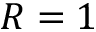
R = 1